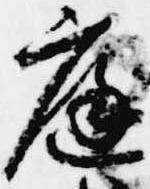
庭